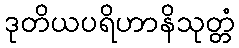
ဒုတိယပရိဟာနိသုတ္တံ